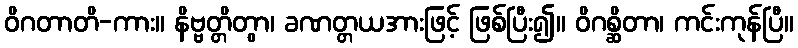
ဝိဂတာတိ-ကား။ နိဗ္ဗတ္တိတွာ၊ ခဏတ္တယအားဖြင့် ဖြစ်ပြီး၍။ ဝိဂစ္ဆိတာ၊ ကင်းကုန်ပြီ။